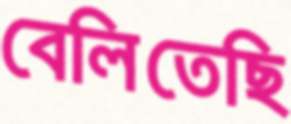
বেলিতেছি